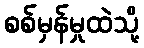
စစ်မှန်မှုထဲသို့